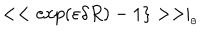
< < \exp ( \varepsilon \delta R ) - 1 \} > > \mid _ { _ { \theta } }